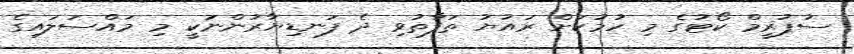
ސުޕުރީމް ކޯޓުގެ މި ހުމުކަށް ރައުޔު ތަފާތުވި ދެ ފަނޑިޔާރުންނަކީ މި މައްސަލައިގެ